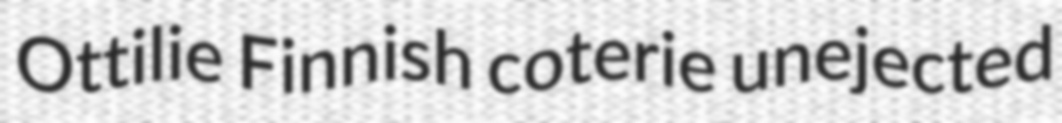
Ottilie Finnish coterie unejected